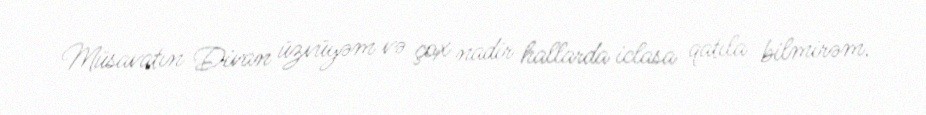
Müsavatın Divan üzvüyəm və çox nadir hallarda iclasa qatıla bilmirəm.